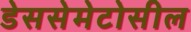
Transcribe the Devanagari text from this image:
डेससेमेटोसील